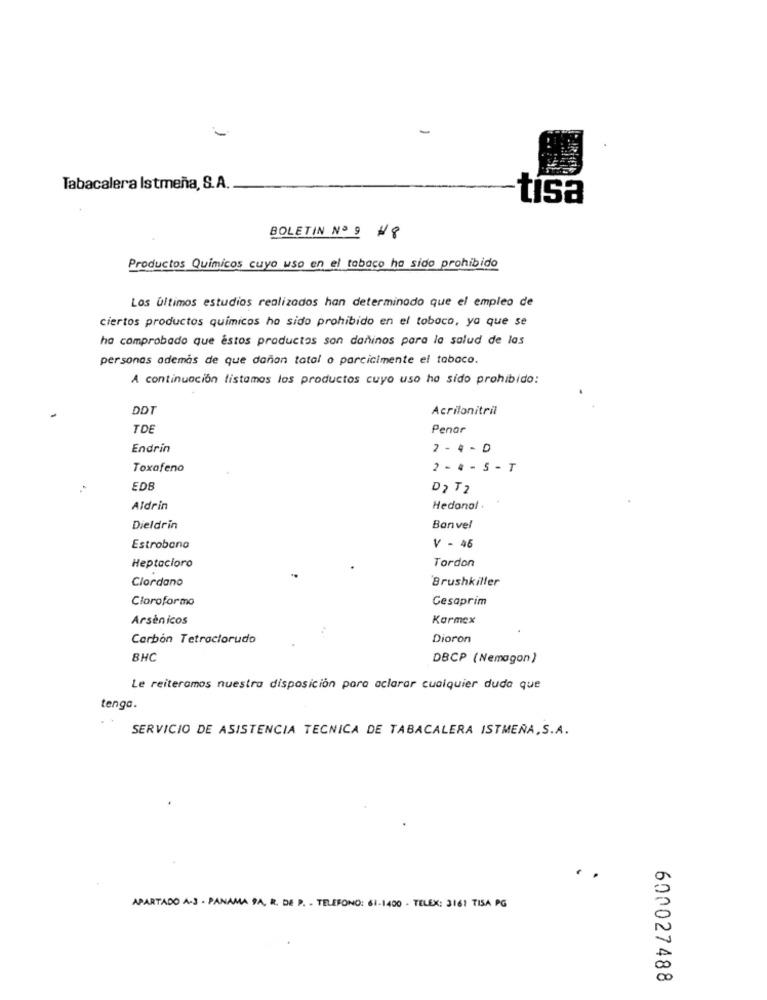
Tabacalera Istmeña, S.A.
tisa
BOLETIN Nº 9 #8
Productos Químicos cuya uso en el tabaco ha sido prohibido
Los últimos estudios realizados han determinado que el empleo de
ciertos productos químicos ho sido prohibido en el tobaco, ya que se
ha comprobado que éstos productos son dañinos para la salud de las
personas además de que dañan total o parcialmente el tabaco.
A continuación listamos los productos cuyo uso ha sido prohibido:
DDT
Acrilonitril
TDE
Penar
Endrin
2 - 4 - D
Toxafeno
2 - 4 - 5 - T
EDE
D2 T2
Aldrin
Hedonal .
Dieldrin
Bonvel
Estrobano
V - 46
Heptacloro
Tordon
Clordano
Brushkiller
Cloroformo
Gesaprim
Arsénicos
Karmex
Carbon Tetractorudo
Dioron
BHC
DBCP (Nemagon)
Le reiteramos nuestra disposición para aclarar cualquier duda que
tenga.
SERVICIO DE ASISTENCIA TECNICA DE TABACALERA ISTMENA, S.A.
APARTADO A-3 - PANAMA 9A. R. DE P. . TELEFONO: 61-1400 - TELEX: 3161 TISA PG
600027488